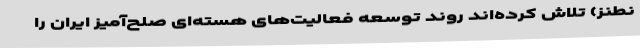
نطنز) تلاش کرده‌اند روند توسعه فعالیت‌های هسته‌ای صلح‌آمیز ایران را